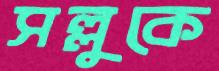
সল্লুকে